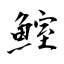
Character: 鰘